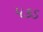
પકડ